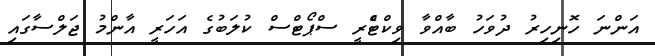
އަންނަ ހޮނިހިރު ދުވަހު ބާއްވާ ވިކްޓްެރީ ސްޕޯޓްސް ކުލަބުގެ އަހަރީ އާންމު ޖަލްސާގައި